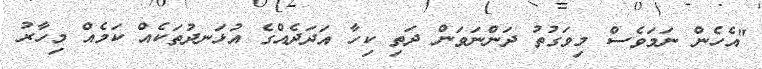
"އެހެން ނަމަވެސް މިވަގުތު ދަންނަވަން ދަތި ކިހާ އަދަދެއްގެ އުޅަނދުތަކެއް ކަމެއް މިހާރު